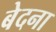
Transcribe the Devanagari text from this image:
बेदना